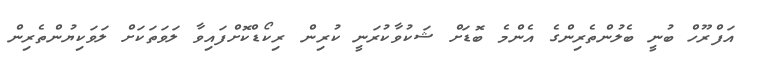
އަފްރޫހް ބުނީ ބެލުންތެރިންގެ އެންމެ ބޮޑަށް ޝަކުވާކުރަނީ ކުރިން ރިކޯޑްކޮށްފައިވާ ލަވަތަކަށް ލަވަކިޔުންތެރިން